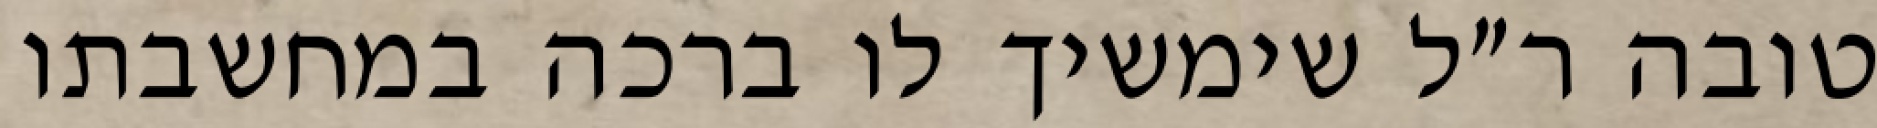
טובה ר״ל שימשיך לו ברכה במחשבתו